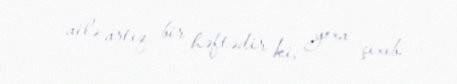
ailə artıq bir həftədir ki, yoxa çıxıb.